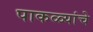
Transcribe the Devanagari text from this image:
पाकळ्यांचे